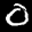
Label: 0